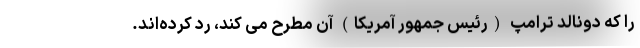
را که دونالد ترامپ (رئیس جمهور آمریکا) آن مطرح می کند، رد کرده‌اند.